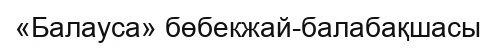
«Балауса» бөбекжай-балабақшасы